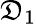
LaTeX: \mathfrak{D}_{1}